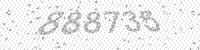
Solution: 888735